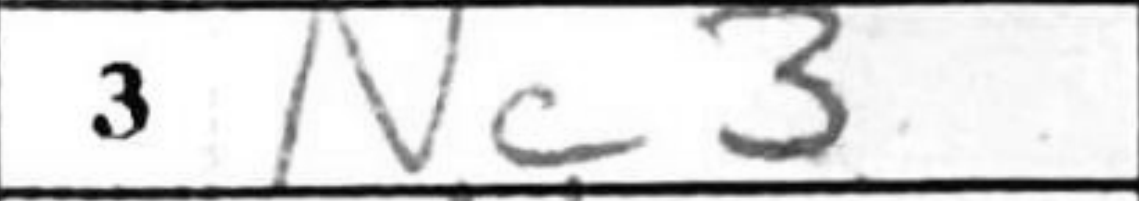
Transcription: Nc3